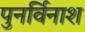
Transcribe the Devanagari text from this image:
पुनर्विनाश